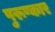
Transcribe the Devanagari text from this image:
पुरूष्कार